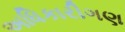
અધિકારીગણ